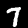
Label: 7